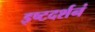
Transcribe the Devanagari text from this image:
इष्टदर्शनं